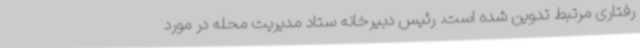
رفتاری مرتبط تدوین شده است. رئیس دبیرخانه ستاد مدیریت محله در مورد